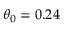
\theta _ { 0 } = 0 . 2 4